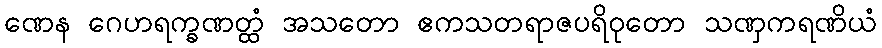
ဏေန ဂေဟရက္ခဏတ္ထံ အသတော ဧကသတရာဇပရိဝုတော သဏှကရဏိယံ